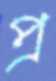
প্র